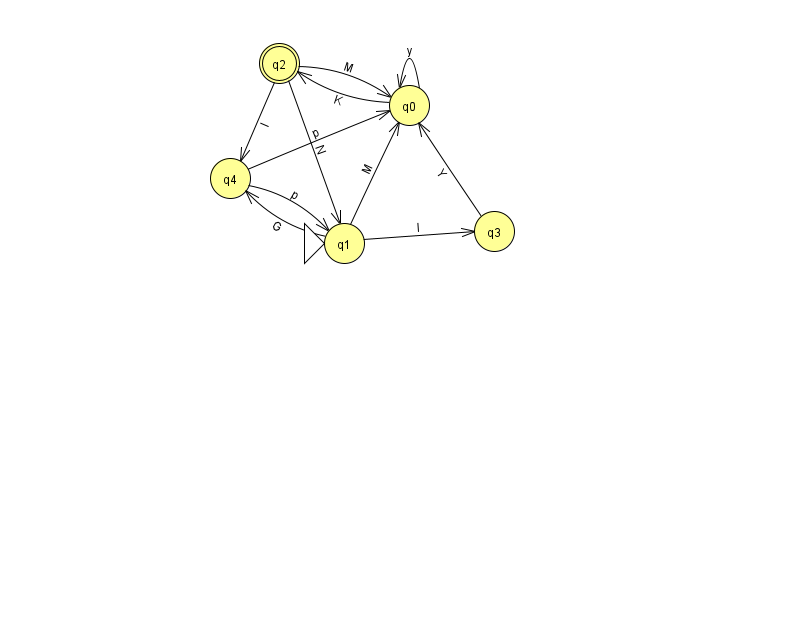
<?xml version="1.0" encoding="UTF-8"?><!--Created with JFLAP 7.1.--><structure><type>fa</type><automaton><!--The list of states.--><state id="0" name="q0"><x>409.0</x><y>92.0</y></state><state id="1" name="q1"><x>344.0</x><y>230.0</y><initial/></state><state id="2" name="q2"><x>279.0</x><y>50.0</y><final/></state><state id="3" name="q3"><x>494.0</x><y>218.0</y></state><state id="4" name="q4"><x>230.0</x><y>165.0</y></state><!--The list of transitions.--><transition><from>2</from><to>0</to><read>M</read></transition><transition><from>1</from><to>3</to><read>l</read></transition><transition><from>3</from><to>0</to><read>Y</read></transition><transition><from>0</from><to>2</to><read>K</read></transition><transition><from>2</from><to>1</to><read>N</read></transition><transition><from>1</from><to>0</to><read>M</read></transition><transition><from>0</from><to>0</to><read>y</read></transition><transition><from>4</from><to>0</to><read>p</read></transition><transition><from>1</from><to>4</to><read>G</read></transition><transition><from>4</from><to>1</to><read>p</read></transition><transition><from>2</from><to>4</to><read>I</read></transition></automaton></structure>